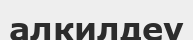
алкилдеу